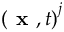
\left( \textbf { x } , t \right) ^ { j }